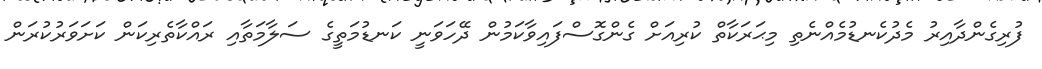
ފުރިގެންދާއިރު މެދުކެނޑުމެއްނެތި މިޙަރަކާތް ކުރިއަށް ގެންގޮސްފައިވާކަމުން ދޭހަވަނީ ކަނޑުމަތީގެ ސަލާމަތާއި ރައްކާތެރިކަން ކަށަވަރުކުރަން